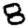
Digit: 8